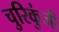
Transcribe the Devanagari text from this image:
चुरिकुंजी